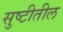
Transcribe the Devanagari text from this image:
सुष्टीतील